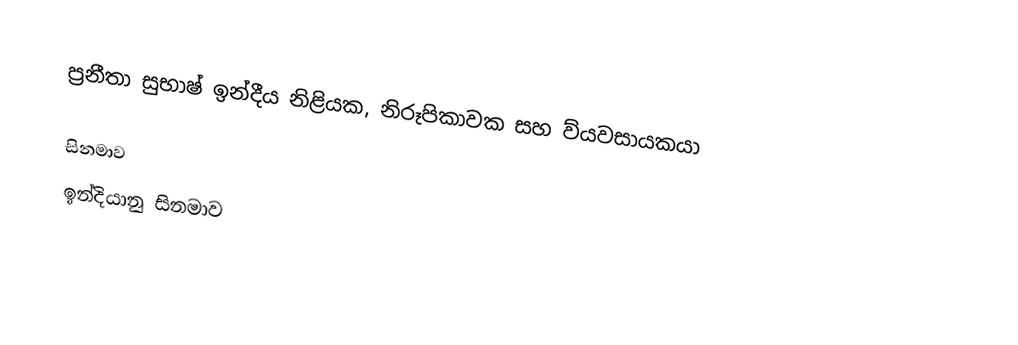
ප්‍රනීතා සුභාෂ් ඉන්දීය නිළියක, නිරූපිකාවක සහ ව්යවසායකයා

සිනමාව
ඉන්දියානු සිනමාව